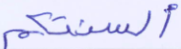
ألسنتكم